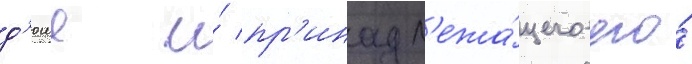
д'юше и́ пр'инадл'ежа́щего его́